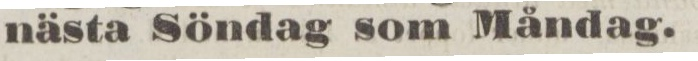
nästa Söndag som Måndag.